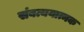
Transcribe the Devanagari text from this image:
संबत्ययात्मक